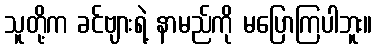
သူတို့က ခင်ဗျားရဲ့ နာမည်ကို မပြောကြပါဘူး။